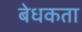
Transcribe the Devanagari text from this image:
बेधकता